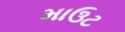
માઉટ